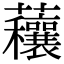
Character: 𧅼